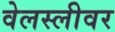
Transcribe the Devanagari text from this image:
वेलस्लीवर